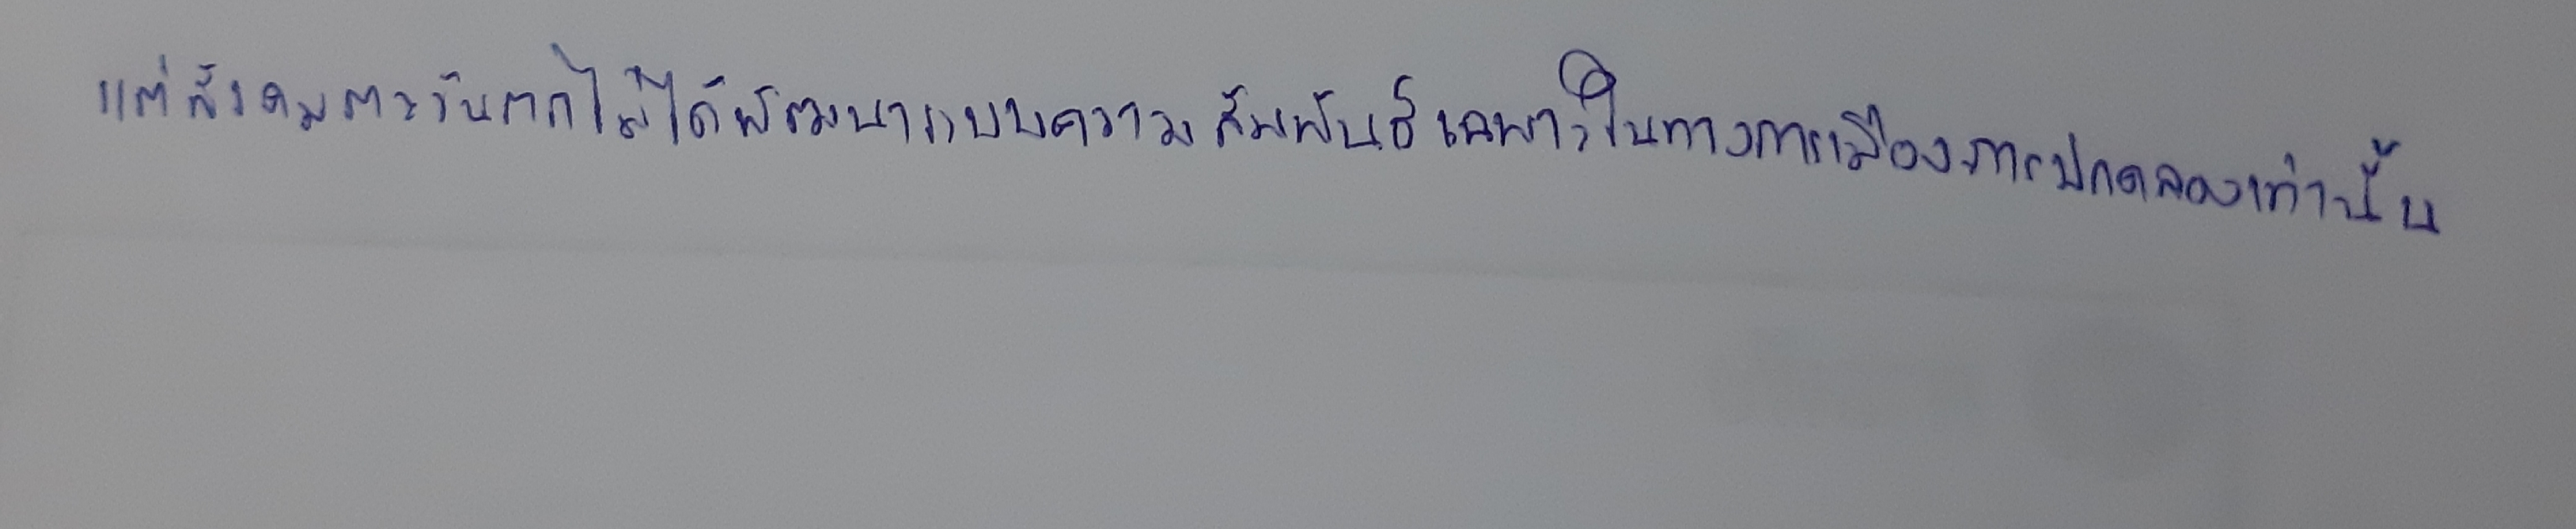
แต่สังคมตะวันตกไม่ได้พัฒนาระบบความสัมพันธ์เฉพาะในทางการเมืองการปกครองเท่านั้น